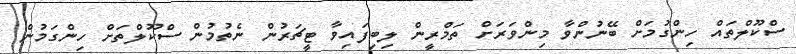
ސްކޫލްތައް ހިންގުމަށް ބޭނުންވާ މިންވަރަށް ތަމްރީން ލިބިފައިވާ ޓީޗަރުން ނެތުމުން ސްކޫލްތަށް ހިންގަމުން